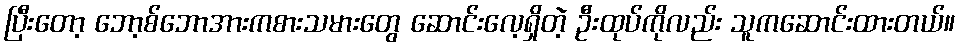
ပြီးတော့ ဘော့စ်ဘောအားကစားသမားတွေ ဆောင်းလေ့ရှိတဲ့ ဦးထုပ်ကိုလည်း သူကဆောင်းထားတယ်။